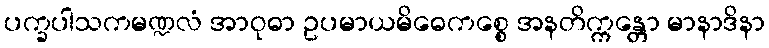
ပက္ခပါသကမဏ္ဍလံ အာဝုဓာ ဥပမာယမိဓေကစ္စေ အနတိက္ကန္တော မာနာဒိနာ